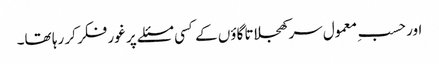
اور حسبِ معمول سر کھجلاتا گاؤں کے کسی مسئلے پر غور فکر کر رہا تھا۔